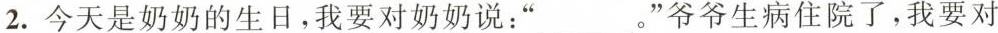
2.今天是奶奶的生日，我要对奶奶说：“___。”爷爷生病住院了，我要对